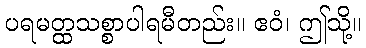
ပရမတ္ထသစ္စာပါရမီတည်း။ ဧဝံ၊ ဤသို့။